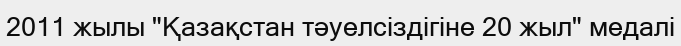
2011 жылы "Қазақстан тәуелсіздігіне 20 жыл" медалі